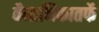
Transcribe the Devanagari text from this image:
वैमानिकातर्फे